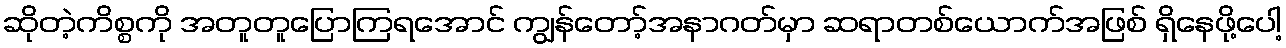
ဆိုတဲ့ကိစ္စကို အတူတူပြောကြရအောင် ကျွန်တော့်အနာဂတ်မှာ ဆရာတစ်ယောက်အဖြစ် ရှိနေဖို့ပေါ့